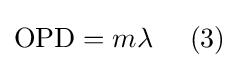
{\text{OPD}}=m\lambda \,\,\,\,\,\,\,\,(3)